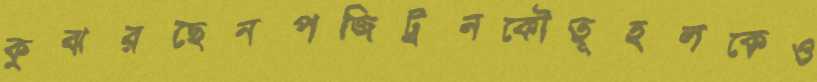
কুঝরছেনপজিট্রনকৌতূহলকেও